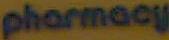
pharmacy